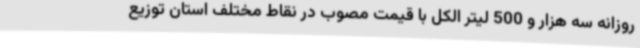
روزانه سه هزار و 500 لیتر الکل با قیمت مصوب در نقاط مختلف استان توزیع